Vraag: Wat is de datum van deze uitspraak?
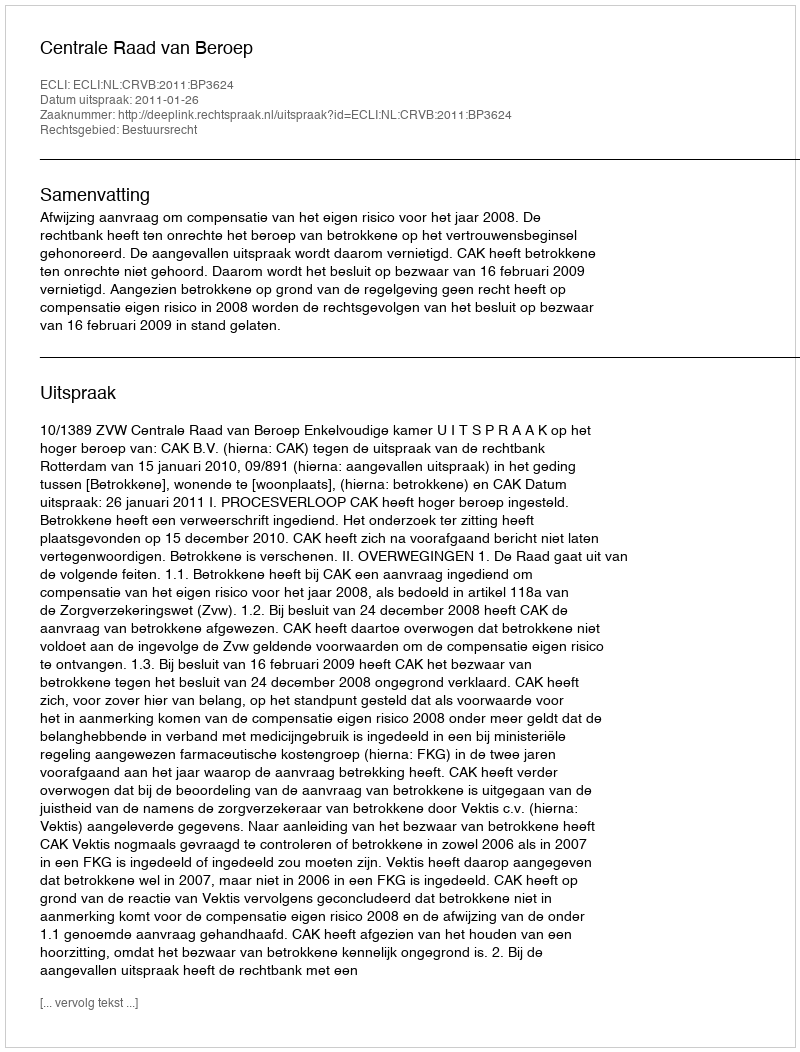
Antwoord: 2011-01-26